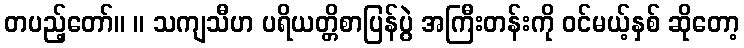
တပည့်တော်။ ။ သကျသီဟ ပရိယတ္တိစာပြန်ပွဲ အကြီးတန်းကို ဝင်မယ့်နှစ် ဆိုတော့